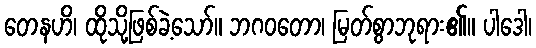
တေနဟိ၊ ထိုသို့ဖြစ်ခဲ့သော်။ ဘဂဝတော၊ မြတ်စွာဘုရား၏။ ပါဒေါ၊